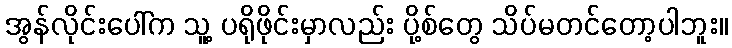
အွန်လိုင်းပေါ်က သူ့ ပရိုဖိုင်းမှာလည်း ပို့စ်တွေ သိပ်မတင်တော့ပါဘူး။